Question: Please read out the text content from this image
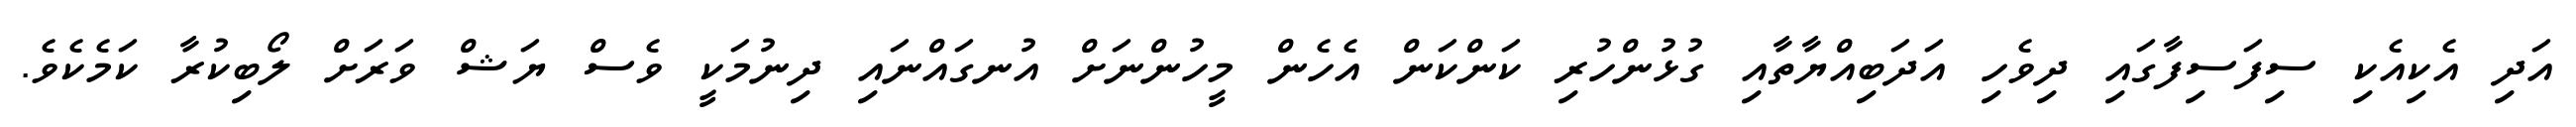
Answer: އަދި އެކިއެކި ސިފަސިފާގައި ދިވެހި އަދަބިއްޔާތާއި ގުޅުންހުރި ކަންކަން އެހެން މީހުންނަށް އުނގައްނައި ދިނުމަކީ ވެސް ޔަޝް ވަރަށް ލޯބިކުރާ ކަމެކެވެ.